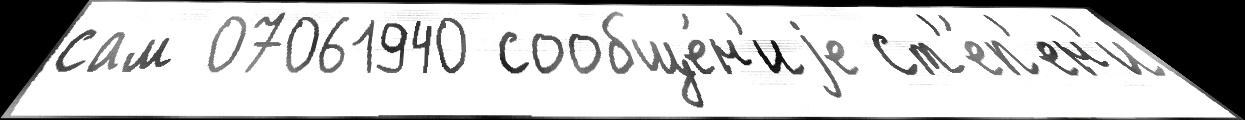
сам 07061940 сообще́н'иjе ст'е́п'ен'и